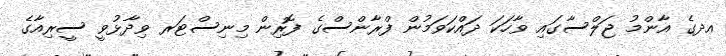
އދގެ އާންމު ޖަލްސާގައި ވާހަކަ ދައްކަވަމުން ފްރާންސްގެ ފޮރިން މިނިސްޓަރ ވިދާޅުވީ ސީރިއާގެ